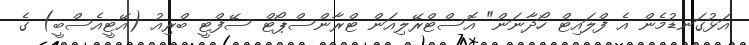
އަޅުގަނޑުމެން އެ ފްލައިޓް ހޯދާނަން" އޮސްޓްރޭލިއަން ޓްރާންސްޕޯޓް ސޭފްޓީ ބްރިއު (އޭޓީއެސްބީ) ގެ